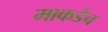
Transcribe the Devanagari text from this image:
माकडेच